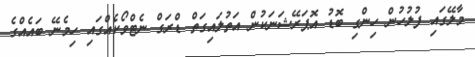
މާލޭގައި ފުލުހުން ހިންގި ބޮޑު އޮޕަރޭޝަނަކުން އަތުލައިގަތް ޑްރަގް ނެޓްވޯކެއްގައި ހިމެނޭ ބައެއްގެ